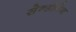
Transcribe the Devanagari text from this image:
सेन्डीमेन